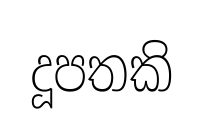
දූපතකි